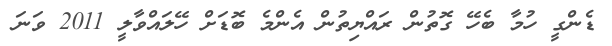
ޑެންގީ ހުމާ ބެހޭ ގޮތުން ރައްޔިތުން އެންމެ ބޮޑަށް ހޭލައްވާލީ 2011 ވަނަ